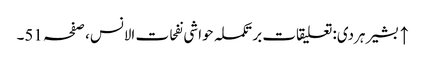
↑ بشیر ہردی: تعلیقات بر تکملہ حواشی نفحات الانس، صفحہ 51۔